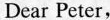
Dear Peter,